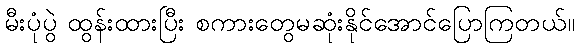
မီးပုံပွဲ ထွန်းထားပြီး စကားတွေမဆုံးနိုင်အောင်ပြောကြတယ်။